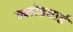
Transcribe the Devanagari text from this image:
क्लोडबार्ड